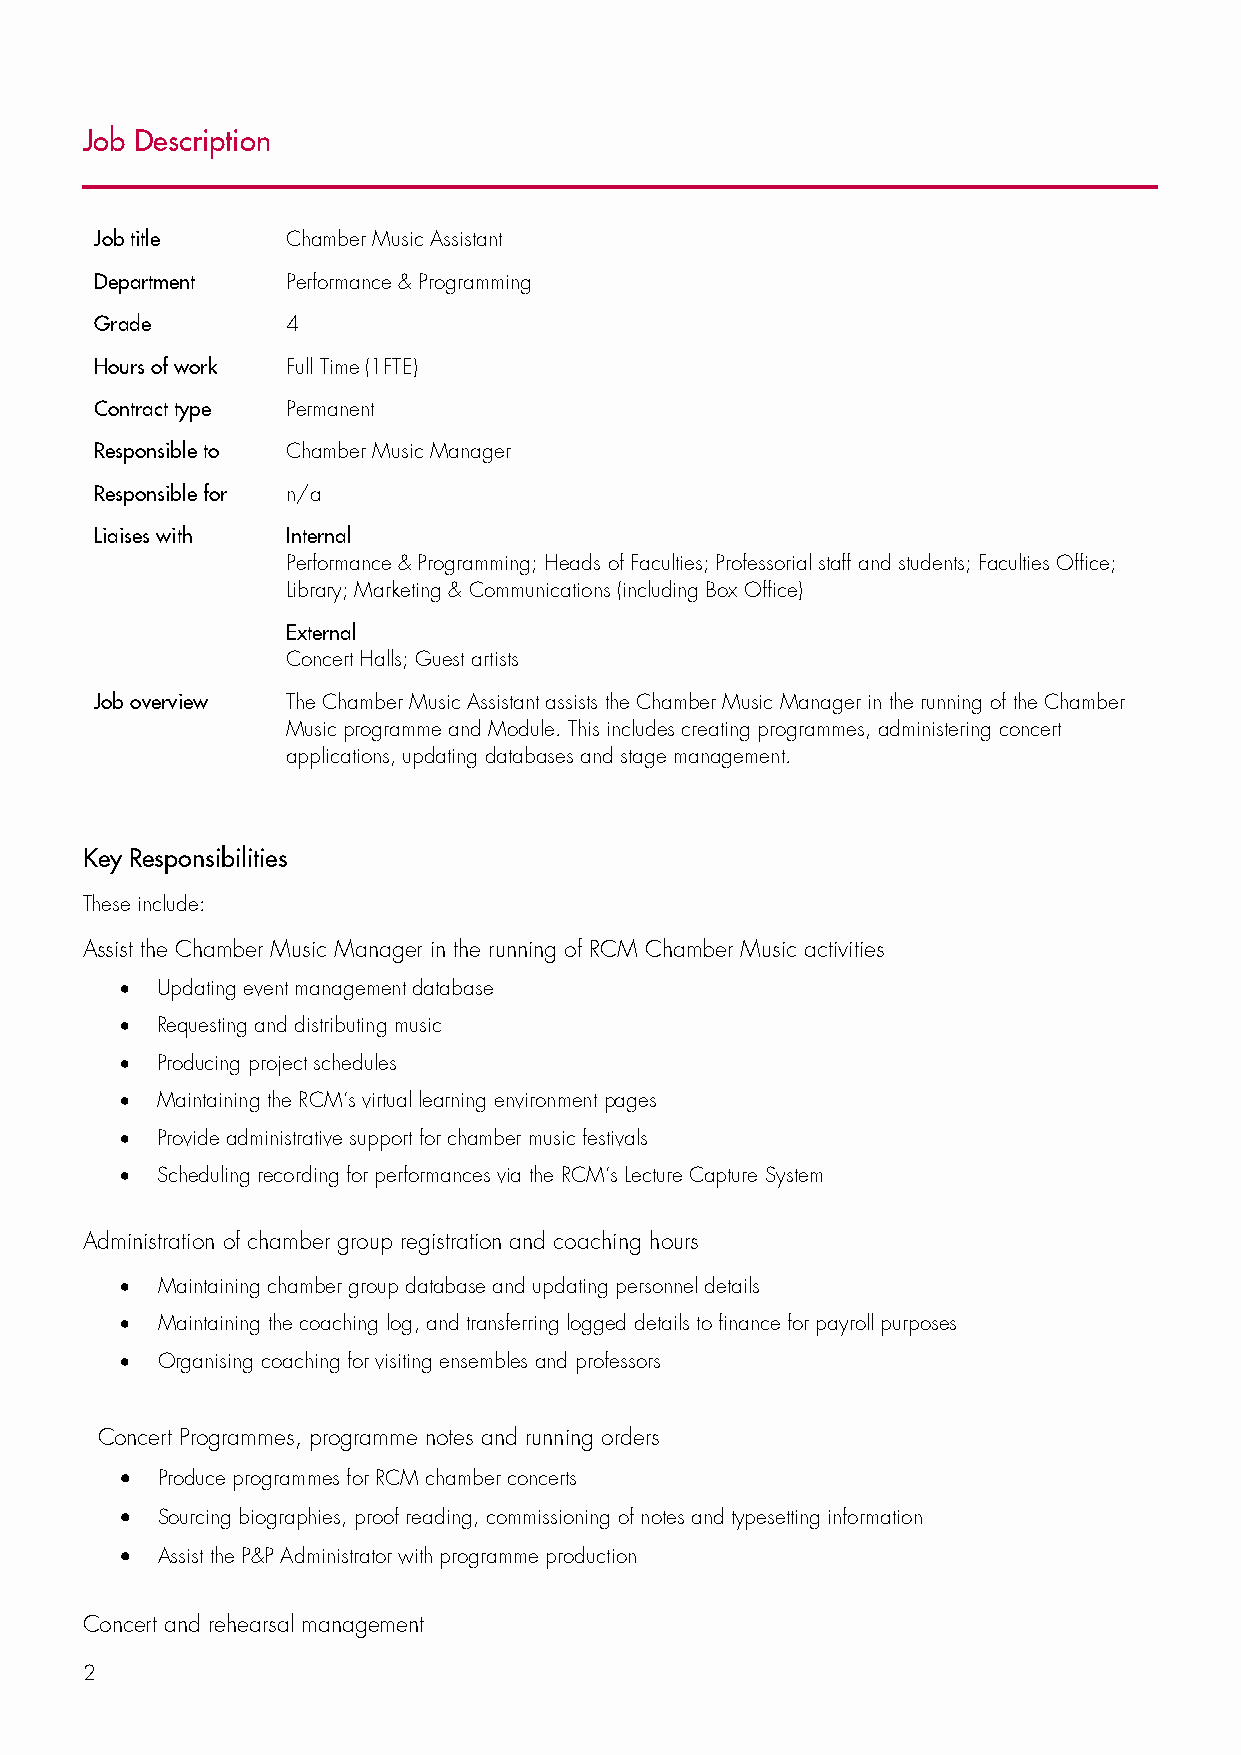
Job Description
 Job title    Chamber Music Assistant
 Department   Performance & Programming
 Grade        4
 Hours of work Full Time (1FTE)
 Contract type Permanent
 Responsible to Chamber Music Manager
 Responsible for n/a
 Liaises with Internal
 Performance & Programming; Heads of Faculties; Professorial staff and students; Faculties Office;
 Library; Marketing & Communications (including Box Office)
 External
 Concert Halls; Guest artists
 Job overview The Chamber Music Assistant assists the Chamber Music Manager in the running of the Chamber
 Music programme and Module. This includes creating programmes, administering concert
 applications, updating databases and stage management.
 Key Responsibilities
 These include:
 Assist the Chamber Music Manager in the running of RCM Chamber Music activities
  Updating event management database
  Requesting and distributing music
  Producing project schedules
  Maintaining the RCM’s virtual learning environment pages
  Provide administrative support for chamber music festivals
  Scheduling recording for performances via the RCM’s Lecture Capture System
 Administration of chamber group registration and coaching hours
  Maintaining chamber group database and updating personnel details
  Maintaining the coaching log, and transferring logged details to finance for payroll purposes
  Organising coaching for visiting ensembles and professors
 Concert Programmes, programme notes and running orders
  Produce programmes for RCM chamber concerts
  Sourcing biographies, proof reading, commissioning of notes and typesetting information
  Assist the P&P Administrator with programme production
 Concert and rehearsal management
 2